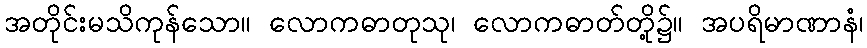
အတိုင်းမသိကုန်သော။ လောကဓာတုသု၊ လောကဓာတ်တို့၌။ အပရိမာဏာနံ၊